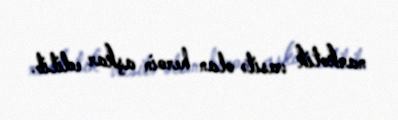
narkotik vasitə olan heroin aşkar edilib.